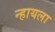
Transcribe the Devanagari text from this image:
न्हायला